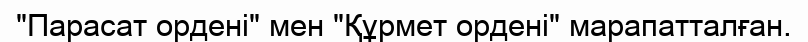
"Парасат ордені" мен "Құрмет ордені" марапатталған.